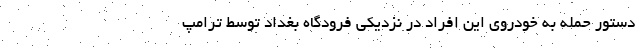
دستور حمله به خودروی این افراد در نزدیکی فرودگاه بغداد توسط ترامپ